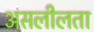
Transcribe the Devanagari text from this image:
असलीलता